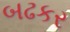
બઢકર